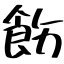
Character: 飭